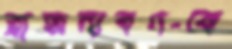
রাজন্যবর্গকে